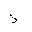
Letter: _thal